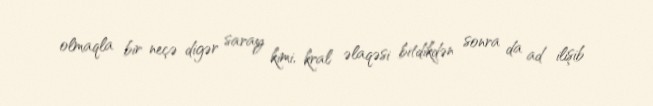
olmaqla bir neçə digər saray kimi, kral əlaqəsi bitdikdən sonra da ad ilişib